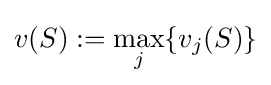
v(S):=\max _{j}\{v_{j}(S)\}